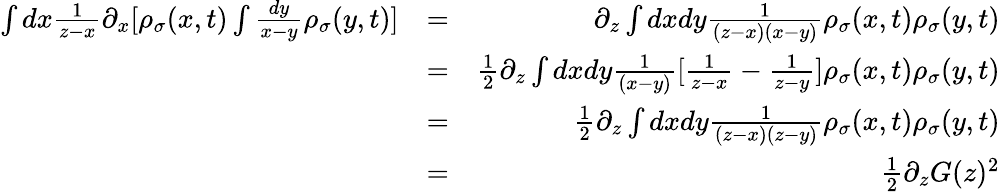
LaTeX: \begin{array}{rlr}{\int dx\frac{1}{z-x}\partial_{x}[\rho_{\sigma}(x,t)\int\frac{dy}{x-y}\rho_{\sigma}(y,t)]}&{=}&{\partial_{z}\int dxdy\frac{1}{(z-x)(x-y)}\rho_{\sigma}(x,t)\rho_{\sigma}(y,t)}\\ &{=}&{\frac{1}{2}\partial_{z}\int dxdy\frac{1}{(x-y)}[\frac{1}{z-x}-\frac{1}{z-y}]\rho_{\sigma}(x,t)\rho_{\sigma}(y,t)}\\ &{=}&{\frac{1}{2}\partial_{z}\int dxdy\frac{1}{(z-x)(z-y)}\rho_{\sigma}(x,t)\rho_{\sigma}(y,t)}\\ &{=}&{\frac{1}{2}\partial_{z}G(z)^{2}}\end{array}